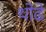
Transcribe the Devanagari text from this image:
थोढे